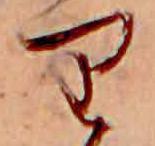
り